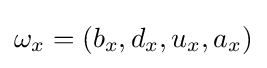
\omega _{x}=(b_{x},d_{x},u_{x},a_{x})\,\!